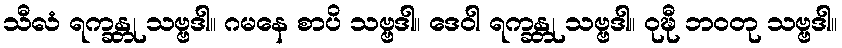
သီလံ ရက္ခန္တု သဗ္ဗဒါ။ ဂမနေ စာပိ သဗ္ဗဒါ။ ဒေဝါ ရက္ခန္တု သဗ္ဗဒါ။ ဝုဍ္ဎီ ဘဝတု သဗ္ဗဒါ။